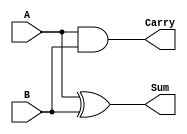
module half_adder(A,B,Sum,Carry);
    input wire A, B;
    output wire Sum, Carry;

    assign Sum = A^B;
    assign Carry = A&B;
endmodule